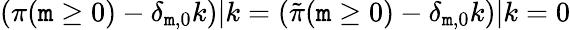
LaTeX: (\pi(\mathtt{m}\ge0)-\delta_{\mathtt{m},0}k)|k=({\tilde{{\pi}}}(\mathtt{m}\ge0)-\delta_{\mathtt{m},0}k)|k=0